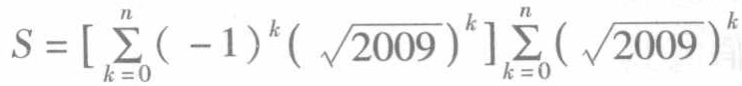
\[S = \left[\sum_{k = 0}^{n}(-1)^{k}(\sqrt{2009})^{k}\right]\sum_{k = 0}^{n}(\sqrt{2009})^{k}\]